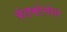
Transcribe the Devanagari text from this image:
कंडक्टेन्सेस